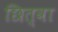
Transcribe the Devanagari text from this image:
छित्वा